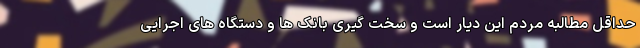
حداقل مطالبه مردم این دیار است و سخت گیری بانک ها و دستگاه های اجرایی